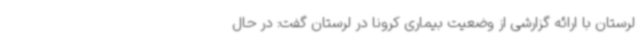
لرستان با ارائه گزارشی از وضعیت بیماری کرونا در لرستان گفت: در حال